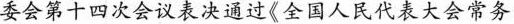
委会第十四次会议表决通过《全国人民代表大会常务